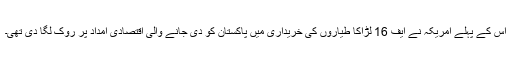
اس کے پہلے امریکہ نے ایف 16 لڑاکا طیاروں کی خریداری میں پاکستان کو دی جانے والی اقتصادی امداد پر روک لگا دی تھی۔